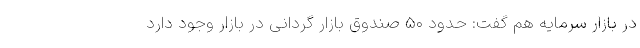
در بازار سرمایه هم گفت: حدود ۵۰ صندوق بازار گردانی در بازار وجود دارد